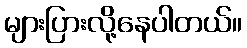
များပြားလို့နေပါတယ်။